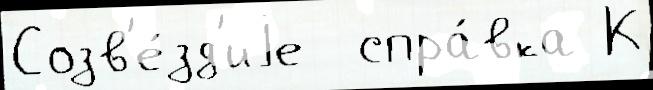
Созв'е́зд'иjе  спра́вка К